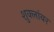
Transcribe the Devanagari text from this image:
शुक्लांबर